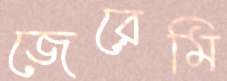
জেরেমি